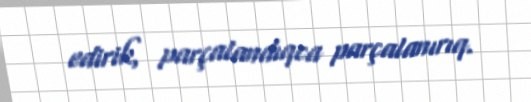
edirik, parçalandıqca parçalanırıq.